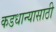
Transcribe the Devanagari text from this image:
कडधान्यासाठी